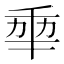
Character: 𠡦